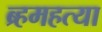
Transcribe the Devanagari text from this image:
ब्र्हमहत्या